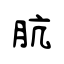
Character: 肮